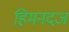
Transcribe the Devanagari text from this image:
हिमनदज